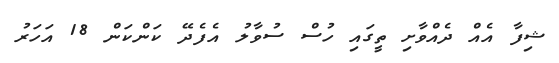
ޝިފާ އެއް ދެއްވާށި ތީގައި ހުސް ސުވާލު އެފެދޭ ކަންކަން 18 އަހަރު